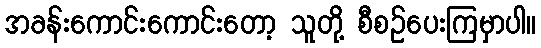
အခန်းကောင်းကောင်းတော့ သူတို့ စီစဉ်ပေးကြမှာပါ။